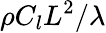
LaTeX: \rho C_{l}L^{2}/\lambda